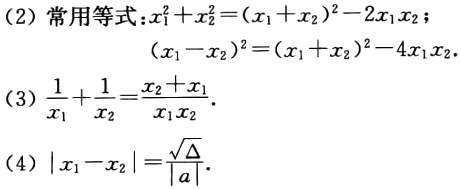
(2) 常用等式：\(x_{1}^{2}+x_{2}^{2}=(x_{1} + x_{2})^{2}-2x_{1}x_{2}\)；

\((x_{1}-x_{2})^{2}=(x_{1}+x_{2})^{2}-4x_{1}x_{2}\).

(3) \(\frac{1}{x_{1}}+\frac{1}{x_{2}}=\frac{x_{2}+x_{1}}{x_{1}x_{2}}\).

(4) \(|x_{1}-x_{2}|=\frac{\sqrt{\Delta}}{|a|}\).